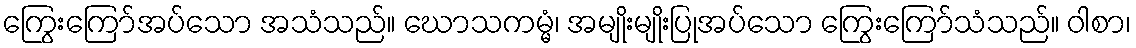
ကြွေးကြော်အပ်သော အသံသည်။ ဃောသကမ္မံ၊ အမျိုးမျိုးပြုအပ်သော ကြွေးကြော်သံသည်။ ဝါစာ၊